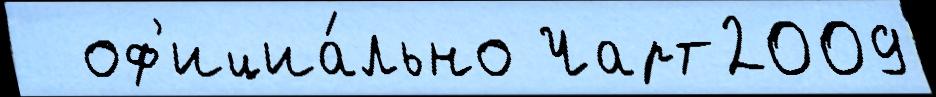
  оф'ициа́льно Чарт2009